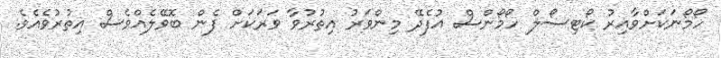
ހޯމޯނަކަށްވާއިރު ކޯޓިސޯލް ހޯމޯންސް އުފެދޭ މިންވަރު އިތުރުވާ ވަރަކަށް ފެން ބޮވޭލެއްވެސް އިތުރުވެއެވެ.